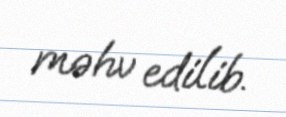
məhv edilib.